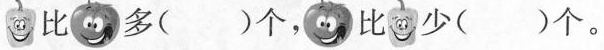
多( )个，比少( )个。